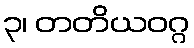
၃၊ တတိယဝဂ္ဂ